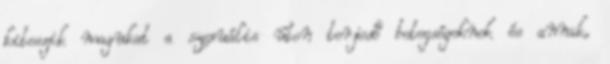
kiteszik magukat a szexuális úton terjedő betegségeknek és annak,